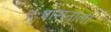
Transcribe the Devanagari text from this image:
दुःषासनाला